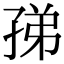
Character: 𡥩